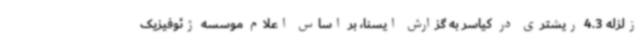
زلزله 4.3 ریشتری در کیاسر به گزارش ایسنا، بر اساس اعلام موسسه ژئوفیزیک